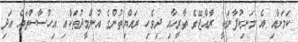
ކަމަށާއި އެ މަނިކުފާނަކީ ރާއްޖޭގެ ތާރީހާއި ދިވެހި ރައްޔިތުންގެ އުންމީދުތަކާއި އިހުސާސްތައް އަދި